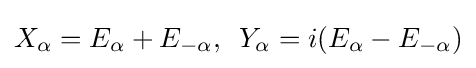
\displaystyle {X_{\alpha }=E_{\alpha }+E_{-\alpha },\,\,\,Y_{\alpha }=i(E_{\alpha }-E_{-\alpha })}